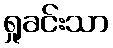
ရှုခင်းသာ